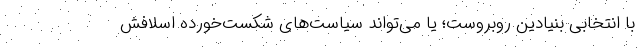
با انتخابی بنیادین روبروست؛ یا می‌تواند سیاست‌های شکست‌خورده اسلافش